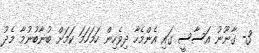
3- ގާނޫނު އަސާސީ ގައި އެންމެހާ ދިވެހިން ހަމަހަމަ ކަމަށް ބުނާބުނުމާ މެދު